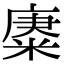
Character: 𢊪